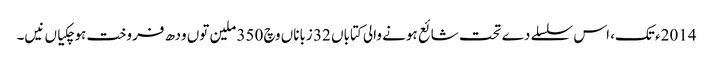
2014ء تک، اس سلسلے دے تحت شائع ہونے والی کتاباں 32 زباناں وچ 350 ملین تو‏ں ودھ فروخت ہوچکیاں نیں۔